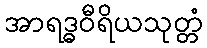
အာရဒ္ဓဝီရိယသုတ္တံ